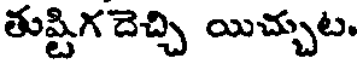
తుష్టిగదెచ్చి యిచ్చుట.